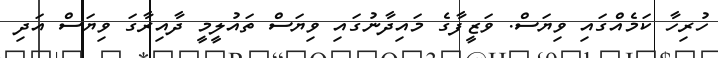
ހުރިހާ ކަމެއްގައި ވިޔަސް. ވަޒީފާގެ މައިދާނުގައި ވިޔަސް ތައުލީމީ ދާއިރާގަ ވިޔަސް އަދި